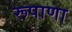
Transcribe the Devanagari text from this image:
रूपाणा